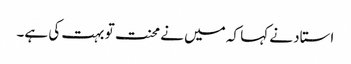
استاد نے کہا کہ میں نے محنت تو بہت کی ہے۔